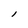
Character: l